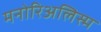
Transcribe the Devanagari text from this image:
मनोरिअलिस्म